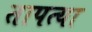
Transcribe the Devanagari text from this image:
तापत्या